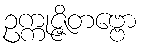
ဥက္ကုဇ္ဇိတဗ္ဗော